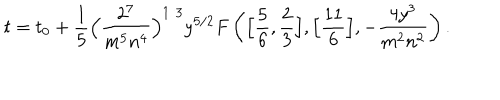
t = t _ { 0 } + { \frac { 1 } { 5 } } \Big ( { \frac { 2 ^ { 7 } } { m ^ { 5 } n ^ { 4 } } } \Big ) ^ { 1 / 3 } y ^ { 5 / 2 } F \left( \Big [ { \frac { 5 } { 6 } } , { \frac { 2 } { 3 } } \Big ] , \Big [ { \frac { 1 1 } { 6 } } \Big ] , - { \frac { 4 y ^ { 3 } } { m ^ { 2 } n ^ { 2 } } } \right) .